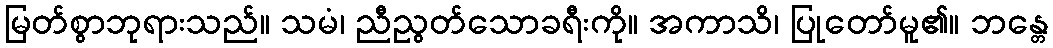
မြတ်စွာဘုရားသည်။ သမံ၊ ညီညွတ်သောခရီးကို။ အကာသိ၊ ပြုတော်မူ၏။ ဘန္တေ